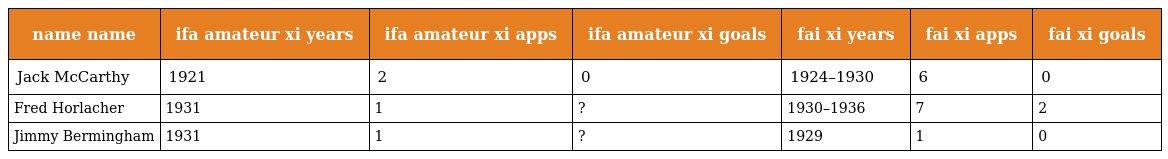
| name name | ifa amateur xi years | ifa amateur xi apps | ifa amateur xi goals | fai xi years | fai xi apps | fai xi goals |
 | --- | --- | --- | --- | --- | --- | --- |
 | Jack McCarthy | 1921 | 2 | 0 | 1924–1930 | 6 | 0 |
 | Fred Horlacher | 1931 | 1 | ? | 1930–1936 | 7 | 2 |
 | Jimmy Bermingham | 1931 | 1 | ? | 1929 | 1 | 0 |